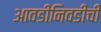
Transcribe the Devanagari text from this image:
आवडीनिवडींची